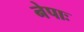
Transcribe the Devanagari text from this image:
नेपाः